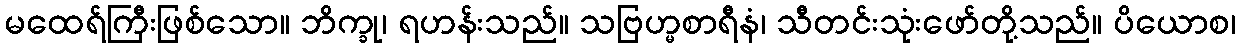
မထေရ်ကြီးဖြစ်သော။ ဘိက္ခု၊ ရဟန်းသည်။ သဗြဟ္မစာရီနံ၊ သီတင်းသုံးဖော်တို့သည်။ ပိယောစ၊